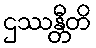
ဌဿန္တီတိ